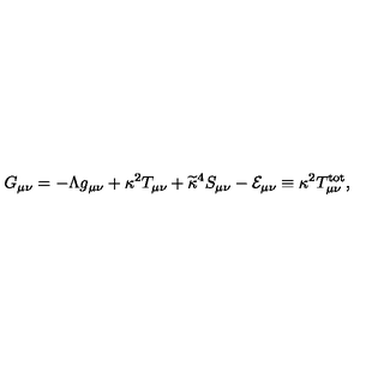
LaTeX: G _ { \mu \nu } = - \Lambda g _ { \mu \nu } + \kappa ^ { 2 } T _ { \mu \nu } + \widetilde { \kappa } ^ { 4 } S _ { \mu \nu } - { \cal E } _ { \mu \nu } \equiv \kappa ^ { 2 } T _ { \mu \nu } ^ { \mathrm { t o t } } ,